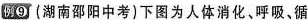
例9(湖南邵阳中考)下图为人体消化、呼吸、循